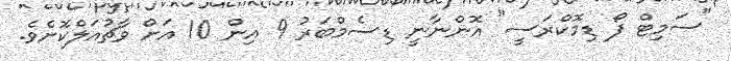
"ސަމިޓް ފޯ ޑިމޮކްރަސީ" އޮންނާނީ ޑިސެމްބަރު 9 އިން 10 އަށް ވާޗުއަލްކޮށެވެ.